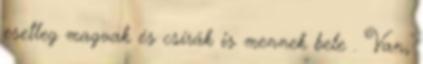
esetleg magvak és csírák is mennek bele . Van,